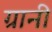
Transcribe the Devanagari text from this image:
ग्रानी